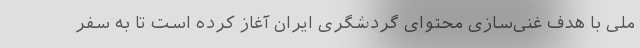
ملی با هدف غنی‌سازی محتوای گردشگری ایران آغاز کرده است تا به سفر